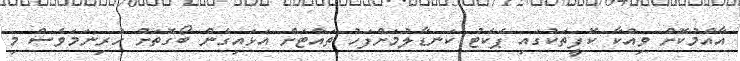
އާއްމުކޮށް ވިއްކާ ކޮފީތަކުގައި ޕެކެޓު ކަނޑާލުމަށްފަހު ތައްޓަށް އަޅައިގެން ބޯގޮތަށް ހުރިނަމަވެސް މި